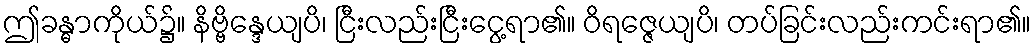
ဤခန္ဓာကိုယ်၌။ နိဗ္ဗိန္ဒေယျပိ၊ ငြီးလည်းငြီးငွေ့ရာ၏။ ဝိရဇ္ဇေယျပိ၊ တပ်ခြင်းလည်းကင်းရာ၏။